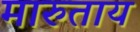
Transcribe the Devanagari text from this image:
मारुताय